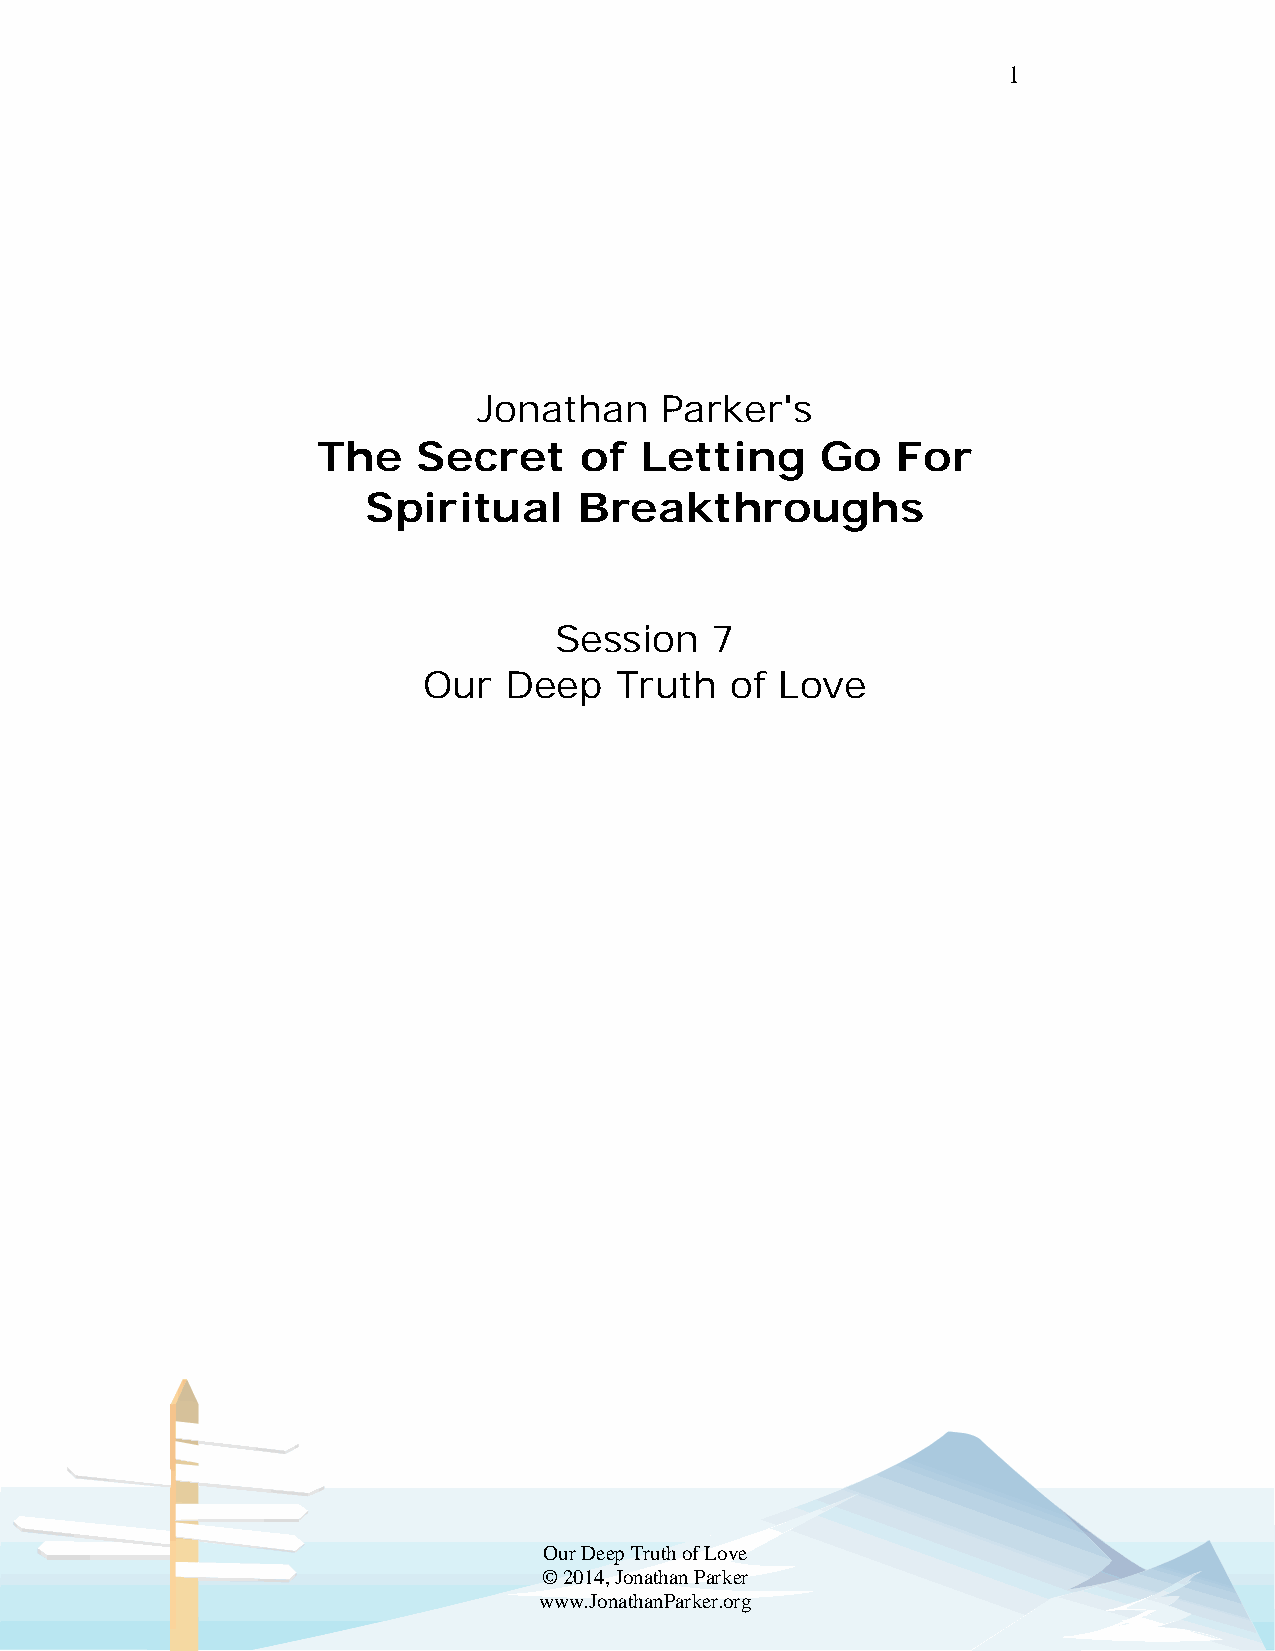
1
 Jonathan    Parker's
 The    Secret    of  Letting     Go   For
 Spiritual     Breakthroughs
 Session   7
 Our  Deep    Truth  of  Love
 Our Deep Truth of Love
 © 2014, Jonathan Parker
 www.JonathanParker.org